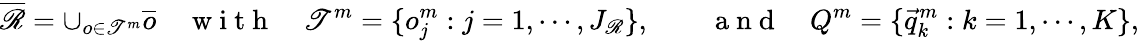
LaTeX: \overline{{\mathscr{R}}}=\cup_{o\in\mathscr{T}^{m}}\overline{{o}}\quad\mathrm{~w~i~t~h~}\quad\mathscr{T}^{m}=\{ o_{j}^{m}:j=1,\cdots,J_{\mathscr{R}}\} ,\qquad\mathrm{~a~n~d~}\quad Q^{m}=\{ \vec{q}_{k}^{m}:k=1,\cdots,K\} ,